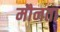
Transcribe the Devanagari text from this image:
मौनता